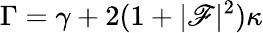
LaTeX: \Gamma=\gamma+2(1+|\mathscr{F}|^{2})\kappa